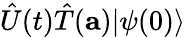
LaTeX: {\hat{U}}(t){\hat{T}}(\mathbf{a})|\psi(0)\rangle